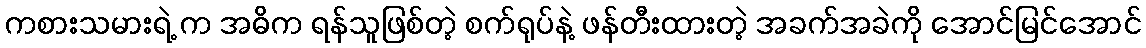
ကစားသမားရဲ့ က အဓိက ရန်သူဖြစ်တဲ့ စက်ရုပ်နဲ့ ဖန်တီးထားတဲ့ အခက်အခဲကို အောင်မြင်အောင်